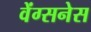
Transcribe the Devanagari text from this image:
वेंग्सनेस